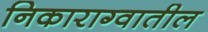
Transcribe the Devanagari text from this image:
निकाराग्वातील